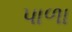
પાળા